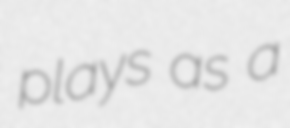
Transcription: plays as a